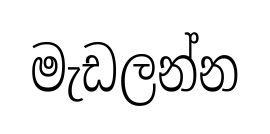
මැඩලන්න